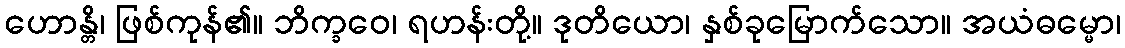
ဟောန္တိ၊ ဖြစ်ကုန်၏။ ဘိက္ခဝေ၊ ရဟန်းတို့။ ဒုတိယော၊ နှစ်ခုမြောက်သော။ အယံဓမ္မော၊